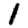
Digit: 1